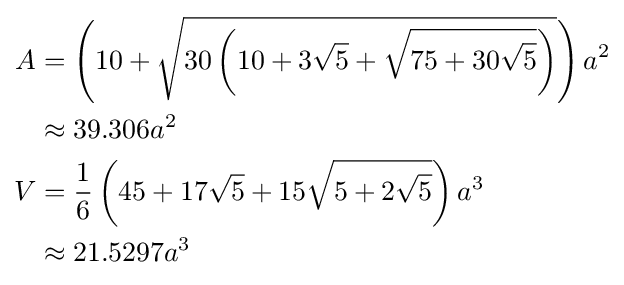
{\begin{aligned}A&=\left(10+{\sqrt {30\left(10+3{\sqrt {5}}+{\sqrt {75+30{\sqrt {5}}}}\right)}}\right)a^{2}\\&\approx 39.306a^{2}\\V&={\frac {1}{6}}\left(45+17{\sqrt {5}}+15{\sqrt {5+2{\sqrt {5}}}}\right)a^{3}\\&\approx 21.5297a^{3}\end{aligned}}